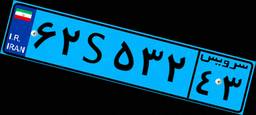
۶۴S۳۹۶۳۶